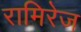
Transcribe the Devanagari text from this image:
रामिरेज